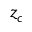
z _ { c }